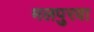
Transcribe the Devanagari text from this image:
मलपुरवा